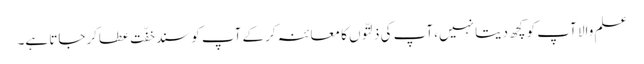
علم والا آپ کو کچھ دیتا نہیں، آپ کی ذلتّوں کا معائنہ کرکے آپ کو سندِ خفّت عطاکرجاتا ہے۔